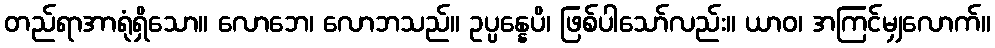
တည်ရာအာရုံရှိသော။ လောဘေ၊ လောဘသည်။ ဥပ္ပန္နေပိ၊ ဖြစ်ပါသော်လည်း။ ယာဝ၊ အကြင်မျှလောက်။